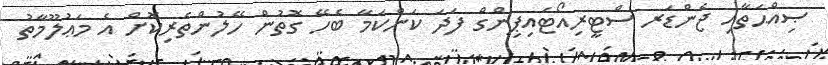
ޞިއްޙަތާއި ޖެންޑަރ ސްޓީރިއޯޓައިޕިންގް ފަދަ ކަންކަމާ ބެހޭ ގޮތުން ހޭލުންތެރިކޮށް އެ މަޢުލޫމާތު